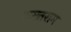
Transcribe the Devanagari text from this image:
बख्तराम